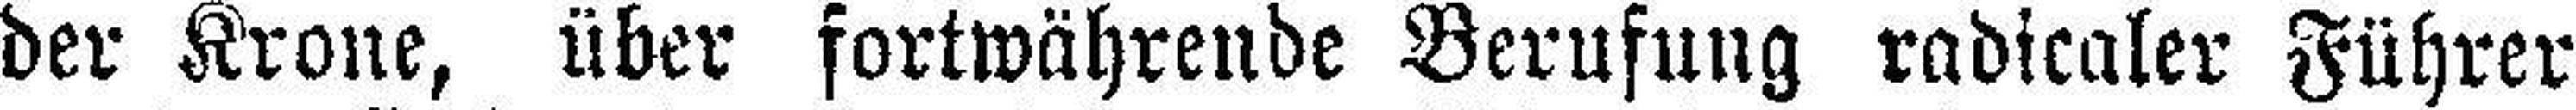
der Krone, über fortwährende Berufung radicaler Führer